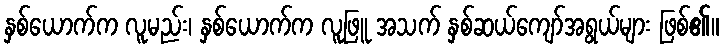
နှစ်ယောက်က လူမည်း၊ နှစ်ယောက်က လူဖြူ အသက် နှစ်ဆယ်ကျော်အရွယ်များ ဖြစ်၏။